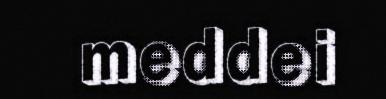
meddei